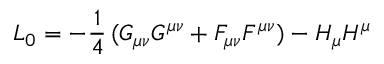
{ \cal L } _ { 0 } = - \frac 1 4 \, ( G _ { \mu \nu } G ^ { \mu \nu } + F _ { \mu \nu } F ^ { \mu \nu } ) - H _ { \mu } H ^ { \mu }